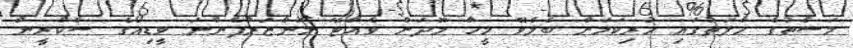
މަސްތުގެ ހާލަތުގައި ހުރިކަމަށް ބެލެވޭ މީހާ މޫދަށް ވެއްޓޭ މަންޒަރުފެންނަ ވީޑިއޯގެ ސްކްރީން